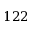
1 2 2